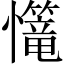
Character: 𢥆